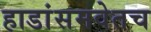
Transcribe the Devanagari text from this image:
हाडांसमवेतच